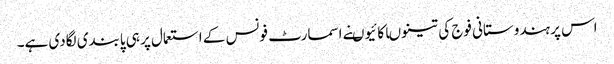
اس پر ہندوستانی فوج کی تینوںاکائیوںنے اسمارٹ فونس کے استعمال پر ہی پابندی لگادی ہے۔